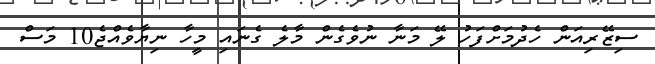
ސިޒޭރިއަން ހެދުމަށްފަހު ލޭ މަނާ ނުވެގެން މާލެ ގެނައި މީހާ ނިޔާވެއްޖެ10 މަސް